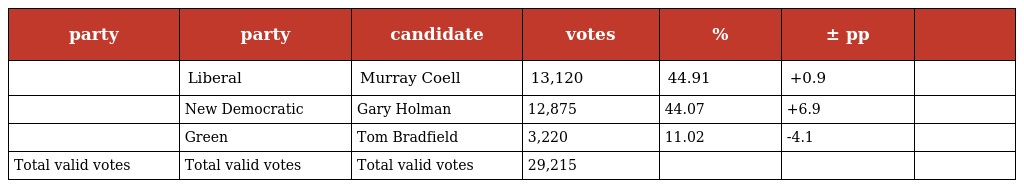
| party | party | candidate | votes | % | ± pp |  |
 | --- | --- | --- | --- | --- | --- | --- |
 |  | Liberal | Murray Coell | 13,120 | 44.91 | +0.9 |  |
 |  | New Democratic | Gary Holman | 12,875 | 44.07 | +6.9 |  |
 |  | Green | Tom Bradfield | 3,220 | 11.02 | -4.1 |  |
 | Total valid votes | Total valid votes | Total valid votes | 29,215 |  |  |  |